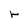
Character: r